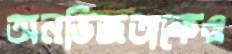
অনভিজ্ঞতাকেও